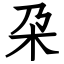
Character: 朶